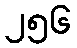
၂၅၆